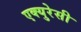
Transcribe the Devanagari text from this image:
एक्युरेसी